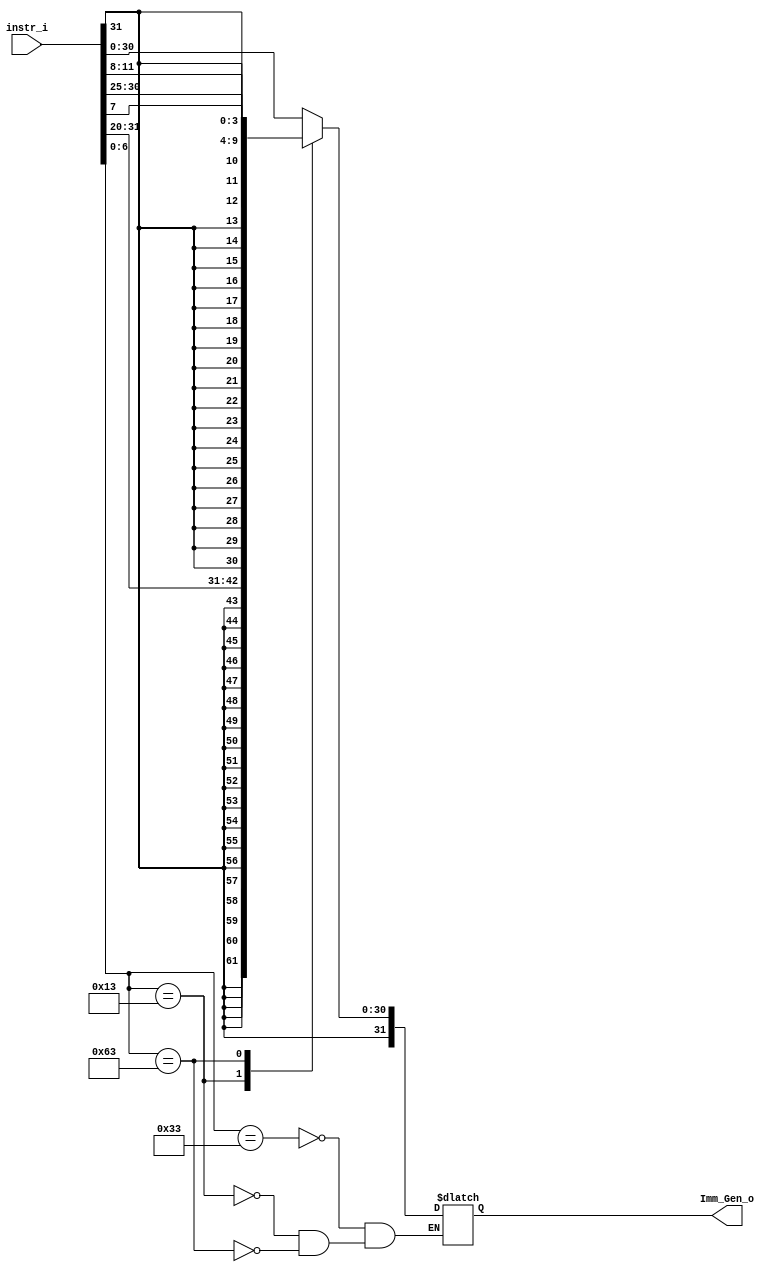
/***************************************************
Student Name: 
Student ID: 
***************************************************/

`timescale 1ns/1ps

module Imm_Gen(
	input  [31:0] instr_i,
	output [31:0] Imm_Gen_o
	);


reg [31:0] Imm_Gen_out;
wire [7-1:0] opcode = instr_i[7-1:0];

always@ *
begin
	case(opcode)
		// R
		7'b0110011:
			begin 
				Imm_Gen_out <= instr_i;
			end
		// Imm
		7'b0010011: 
			begin
				Imm_Gen_out <= {{20{instr_i[31]}},instr_i[31:20]}; 
			end
		// SB
		7'b1100011: 
			begin
				Imm_Gen_out <= {{20{instr_i[31]}},instr_i[31],instr_i[7],instr_i[30:25],instr_i[11:8]}; 
			end

	endcase
end	

assign Imm_Gen_o = Imm_Gen_out;
		
endmodule